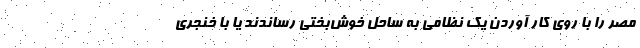
مصر را با روی کار آوردن یک نظامی به ساحل خوش‌بختی رساندند یا با خنجری